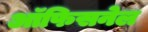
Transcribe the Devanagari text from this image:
ऑफिसनेल